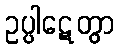
ဥပ္ပါဋေတွာ